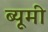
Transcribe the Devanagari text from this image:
ब्यूमी